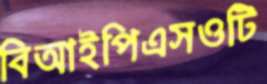
বিআইপিএসওটি